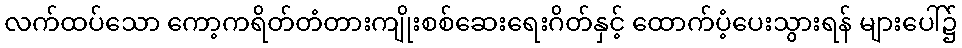
လက်ထပ်သော ကော့ကရိတ်တံတားကျိုးစစ်ဆေးရေးဂိတ်နှင့် ထောက်ပံ့ပေးသွားရန် များပေါ်၌